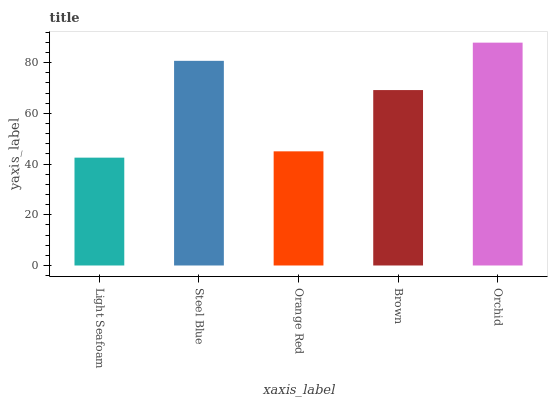
| xaxis_label | bars |
 | --- | --- |
 | Light Seafoam | 42.5 |
 | Steel Blue | 80.7 |
 | Orange Red | 45 |
 | Brown | 69.2 |
 | Orchid | 87.9 |